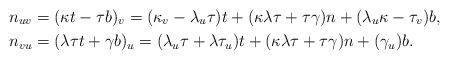
LaTeX: \begin{align*}n_{uv} & =(\kappa t-\tau b)_{v}=(\kappa_{v}-\lambda_{u}\tau)t+(\kappa\lambda\tau+\tau\gamma)n+(\lambda_{u}\kappa-\tau_{v})b,\\n_{vu} & =(\lambda\tau t+\gamma b)_{u}=(\lambda_{u}\tau+\lambda\tau_{u})t+(\kappa\lambda\tau+\tau\gamma)n+(\gamma_{u})b.\end{align*}